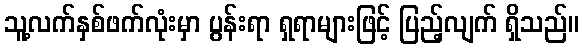
သူ့လက်နှစ်ဖက်လုံးမှာ ပွန်းရာ ရှရာများဖြင့် ပြည့်လျက် ရှိသည်။